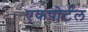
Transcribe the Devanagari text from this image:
एकपोर्टल